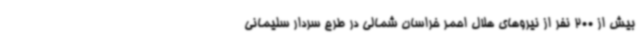
بیش از 200 نفر از نیروهای هلال احمر خراسان شمالی در طرح سردار سلیمانی